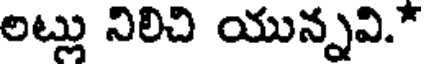
లట్లు నిలిచి యున్నవి.*